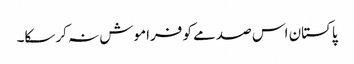
پاکستان اس صدمے کو فراموش نہ کرسکا۔